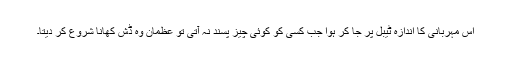
اس مہربانی کا اندازہ ٹیبل پر جا کر ہوا جب کسی کو کوئی چیز پسند نہ آتی تو عظمان وہ ڈش کھانا شروع کر دیتا۔